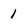
Character: 1